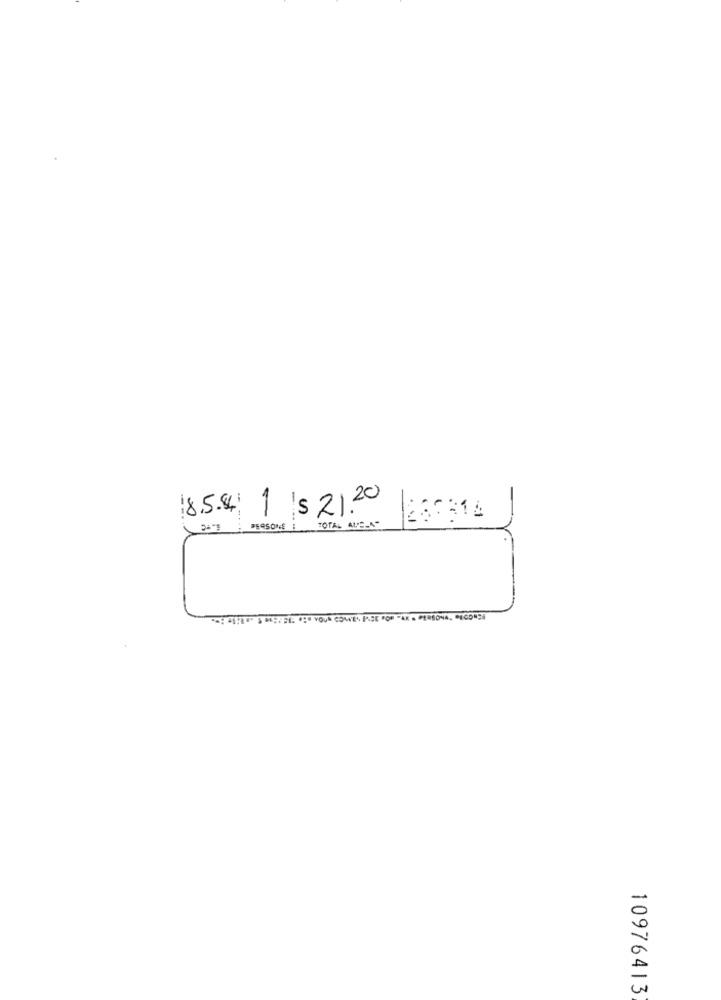
18.5.4 1 $ 21.20
256314
PERSONE I TOTAL ALE-A -
10976413